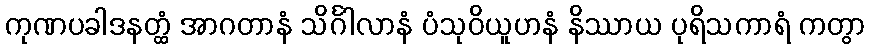
ကုဏပခါဒနတ္ထံ အာဂတာနံ သိင်္ဂါလာနံ ပံသုဝိယူဟနံ နိဿာယ ပုရိသကာရံ ကတွာ